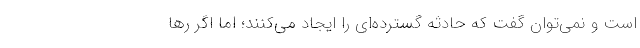
است و نمی‌توان گفت که حادثه گسترده‌ای را ایجاد می‌کنند؛ اما اگر رها